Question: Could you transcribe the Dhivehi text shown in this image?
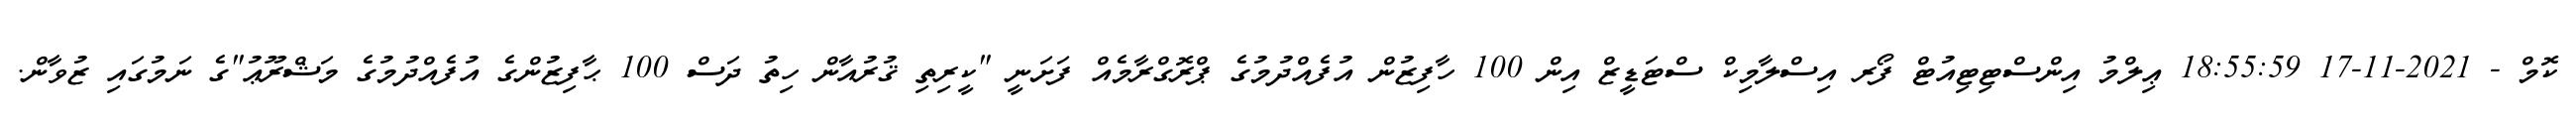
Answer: ކޮމް - 2021-11-17 18:55:59 ޢިލްމު އިންސްޓިޓިއުޓް ފޯރ އިސްލާމިކް ސްޓަޑީޒް އިން 100 ހާފިޒުން އުފެއްދުމުގެ ޕްރޮގްރާމެއް ފަށަނީ "ކީރިތި ޤުރުއާން ހިތު ދަސް 100 ޙާފިޒުންގެ އުފެއްދުމުގެ މަޝްރޫޢު"ގެ ނަމުގައި ޒުވާން.